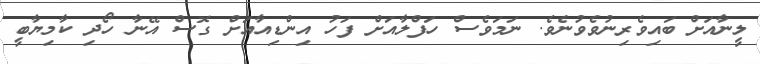
ލީނާއަށް ބައިވެރިނުވެވުނެވެ. ނަމަވެސް ހަފްލާއަށް ފަހު އިންޑިއާއަށް ގޮސް އޭނާ ހޯދި ކާމިޔާބީ